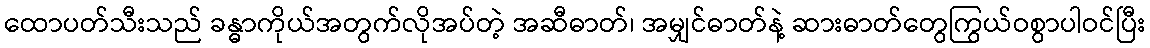
ထောပတ်သီးသည် ခန္ဓာကိုယ်အတွက်လိုအပ်တဲ့ အဆီဓာတ်၊ အမျှင်ဓာတ်နဲ့ ဆားဓာတ်တွေကြွယ်ဝစွာပါဝင်ပြီး